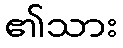
၏သား